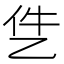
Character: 𪜓